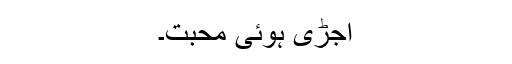
اُجڑی ہوئی محبت۔